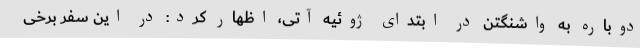
دوباره به واشنگتن در ابتدای ژوئیه آتی، اظهار کرد: در این سفر برخی